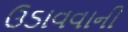
ઉડાવવાની